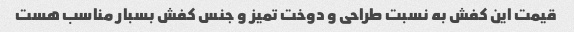
قیمت این کفش به نسبت طراحی و دوخت تمیز و جنس کفش بسبار مناسب هست